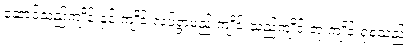
ဆောင်သည့်ကျိုင်းနှင့် ကျိုင်းလပ်ရွာမည် ကျိုင်းသည်ကျိုင်းတုံ ကျိုင်းရုံစသည်